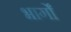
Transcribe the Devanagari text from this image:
भार्गों